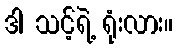
ဒါ သင့်ရဲ့ ရုံးလား။